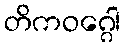
တိကဝဂ္ဂေါ